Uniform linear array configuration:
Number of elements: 16
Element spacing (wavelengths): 0.75
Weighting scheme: hann
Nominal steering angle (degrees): -60
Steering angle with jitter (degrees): -60.631
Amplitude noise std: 0.05
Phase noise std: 0.05

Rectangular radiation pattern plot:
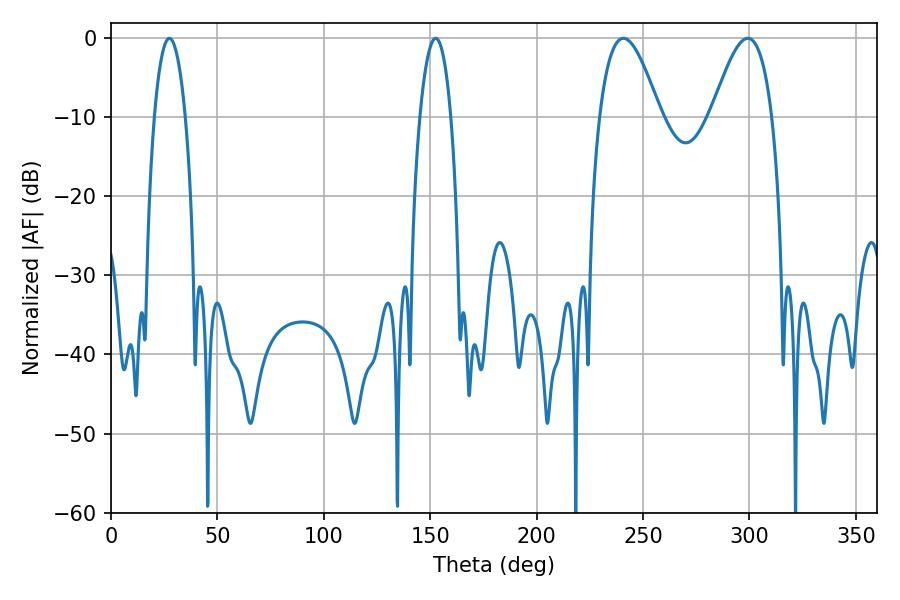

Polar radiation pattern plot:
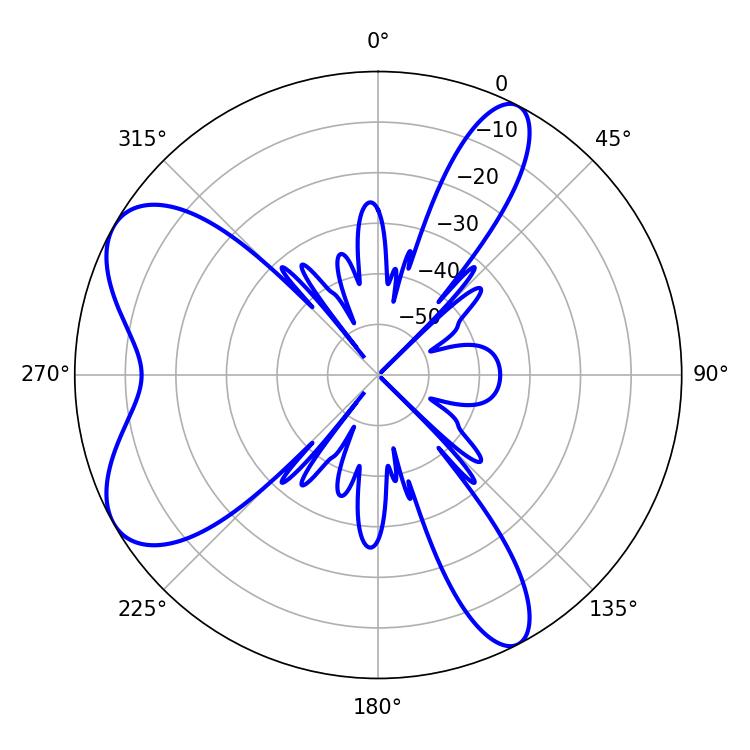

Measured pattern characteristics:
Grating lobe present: TRUE
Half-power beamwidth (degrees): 15.48
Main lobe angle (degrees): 240.84